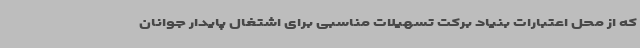
که از محل اعتبارات بنیاد برکت تسهیلات مناسبی برای اشتغال پایدار جوانان